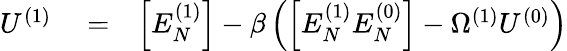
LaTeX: \begin{array}{rlr}{U^{(1)}}&{{}=}&{\left[E_{N}^{(1)}\right]-\beta\left(\left[E_{N}^{(1)}E_{N}^{(0)}\right]-\Omega^{(1)}U^{(0)}\right)}\end{array}